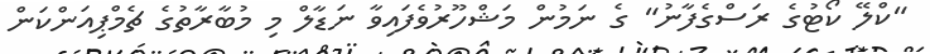
"ކްލޭ ކޯޓުގެ ރަސްގެފާނު" ގެ ނަމުން މަޝްހޫރުވެފައިވާ ނަޑާލް މި މުބާރާތުގެ ޗެމްޕިއަންކަން